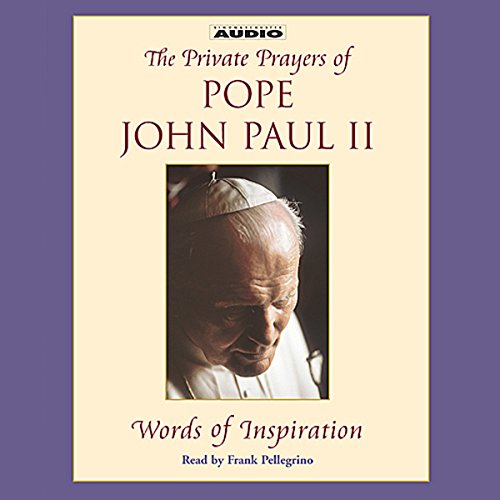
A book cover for Words of Inspiration; Christian Books & Bibles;